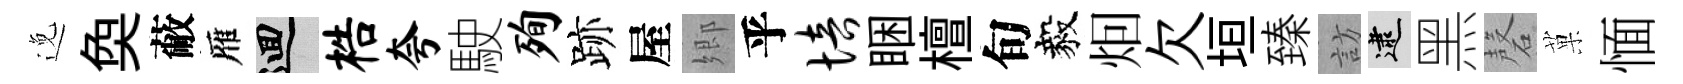
𨓜奐蔽雁回梏夸駛殉跡屋郷乎培睏檀旬毅𤇆欠垣臻訪逮黑磬菓愐